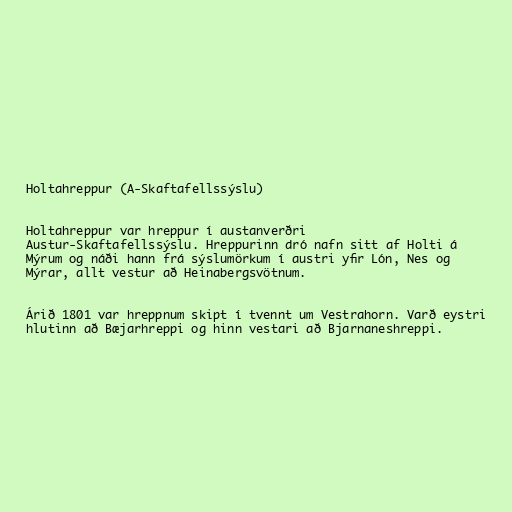
Holtahreppur (A-Skaftafellssýslu)

Holtahreppur var hreppur í austanverðri
Austur-Skaftafellssýslu. Hreppurinn dró nafn sitt af Holti á
Mýrum og náði hann frá sýslumörkum í austri yfir Lón, Nes og
Mýrar, allt vestur að Heinabergsvötnum.

Árið 1801 var hreppnum skipt í tvennt um Vestrahorn. Varð eystri
hlutinn að Bæjarhreppi og hinn vestari að Bjarnaneshreppi.